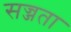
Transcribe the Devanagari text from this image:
सज्जता